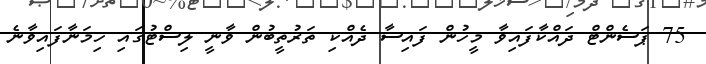
75 ޕަސެންޓް ދައްކާފައިވާ މީހުން ފައިސާ ދެއްކި ތަރުތީބުން ވާނީ ލިސްޓުގައި ހިމަނާފައިވާނެ